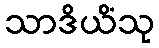
သာဒိယိံသု